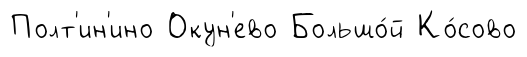
Полт'ин'ино Окун'ево Большо́й Ко́сово